Leningradi_Edasi_toimetus, lk 9
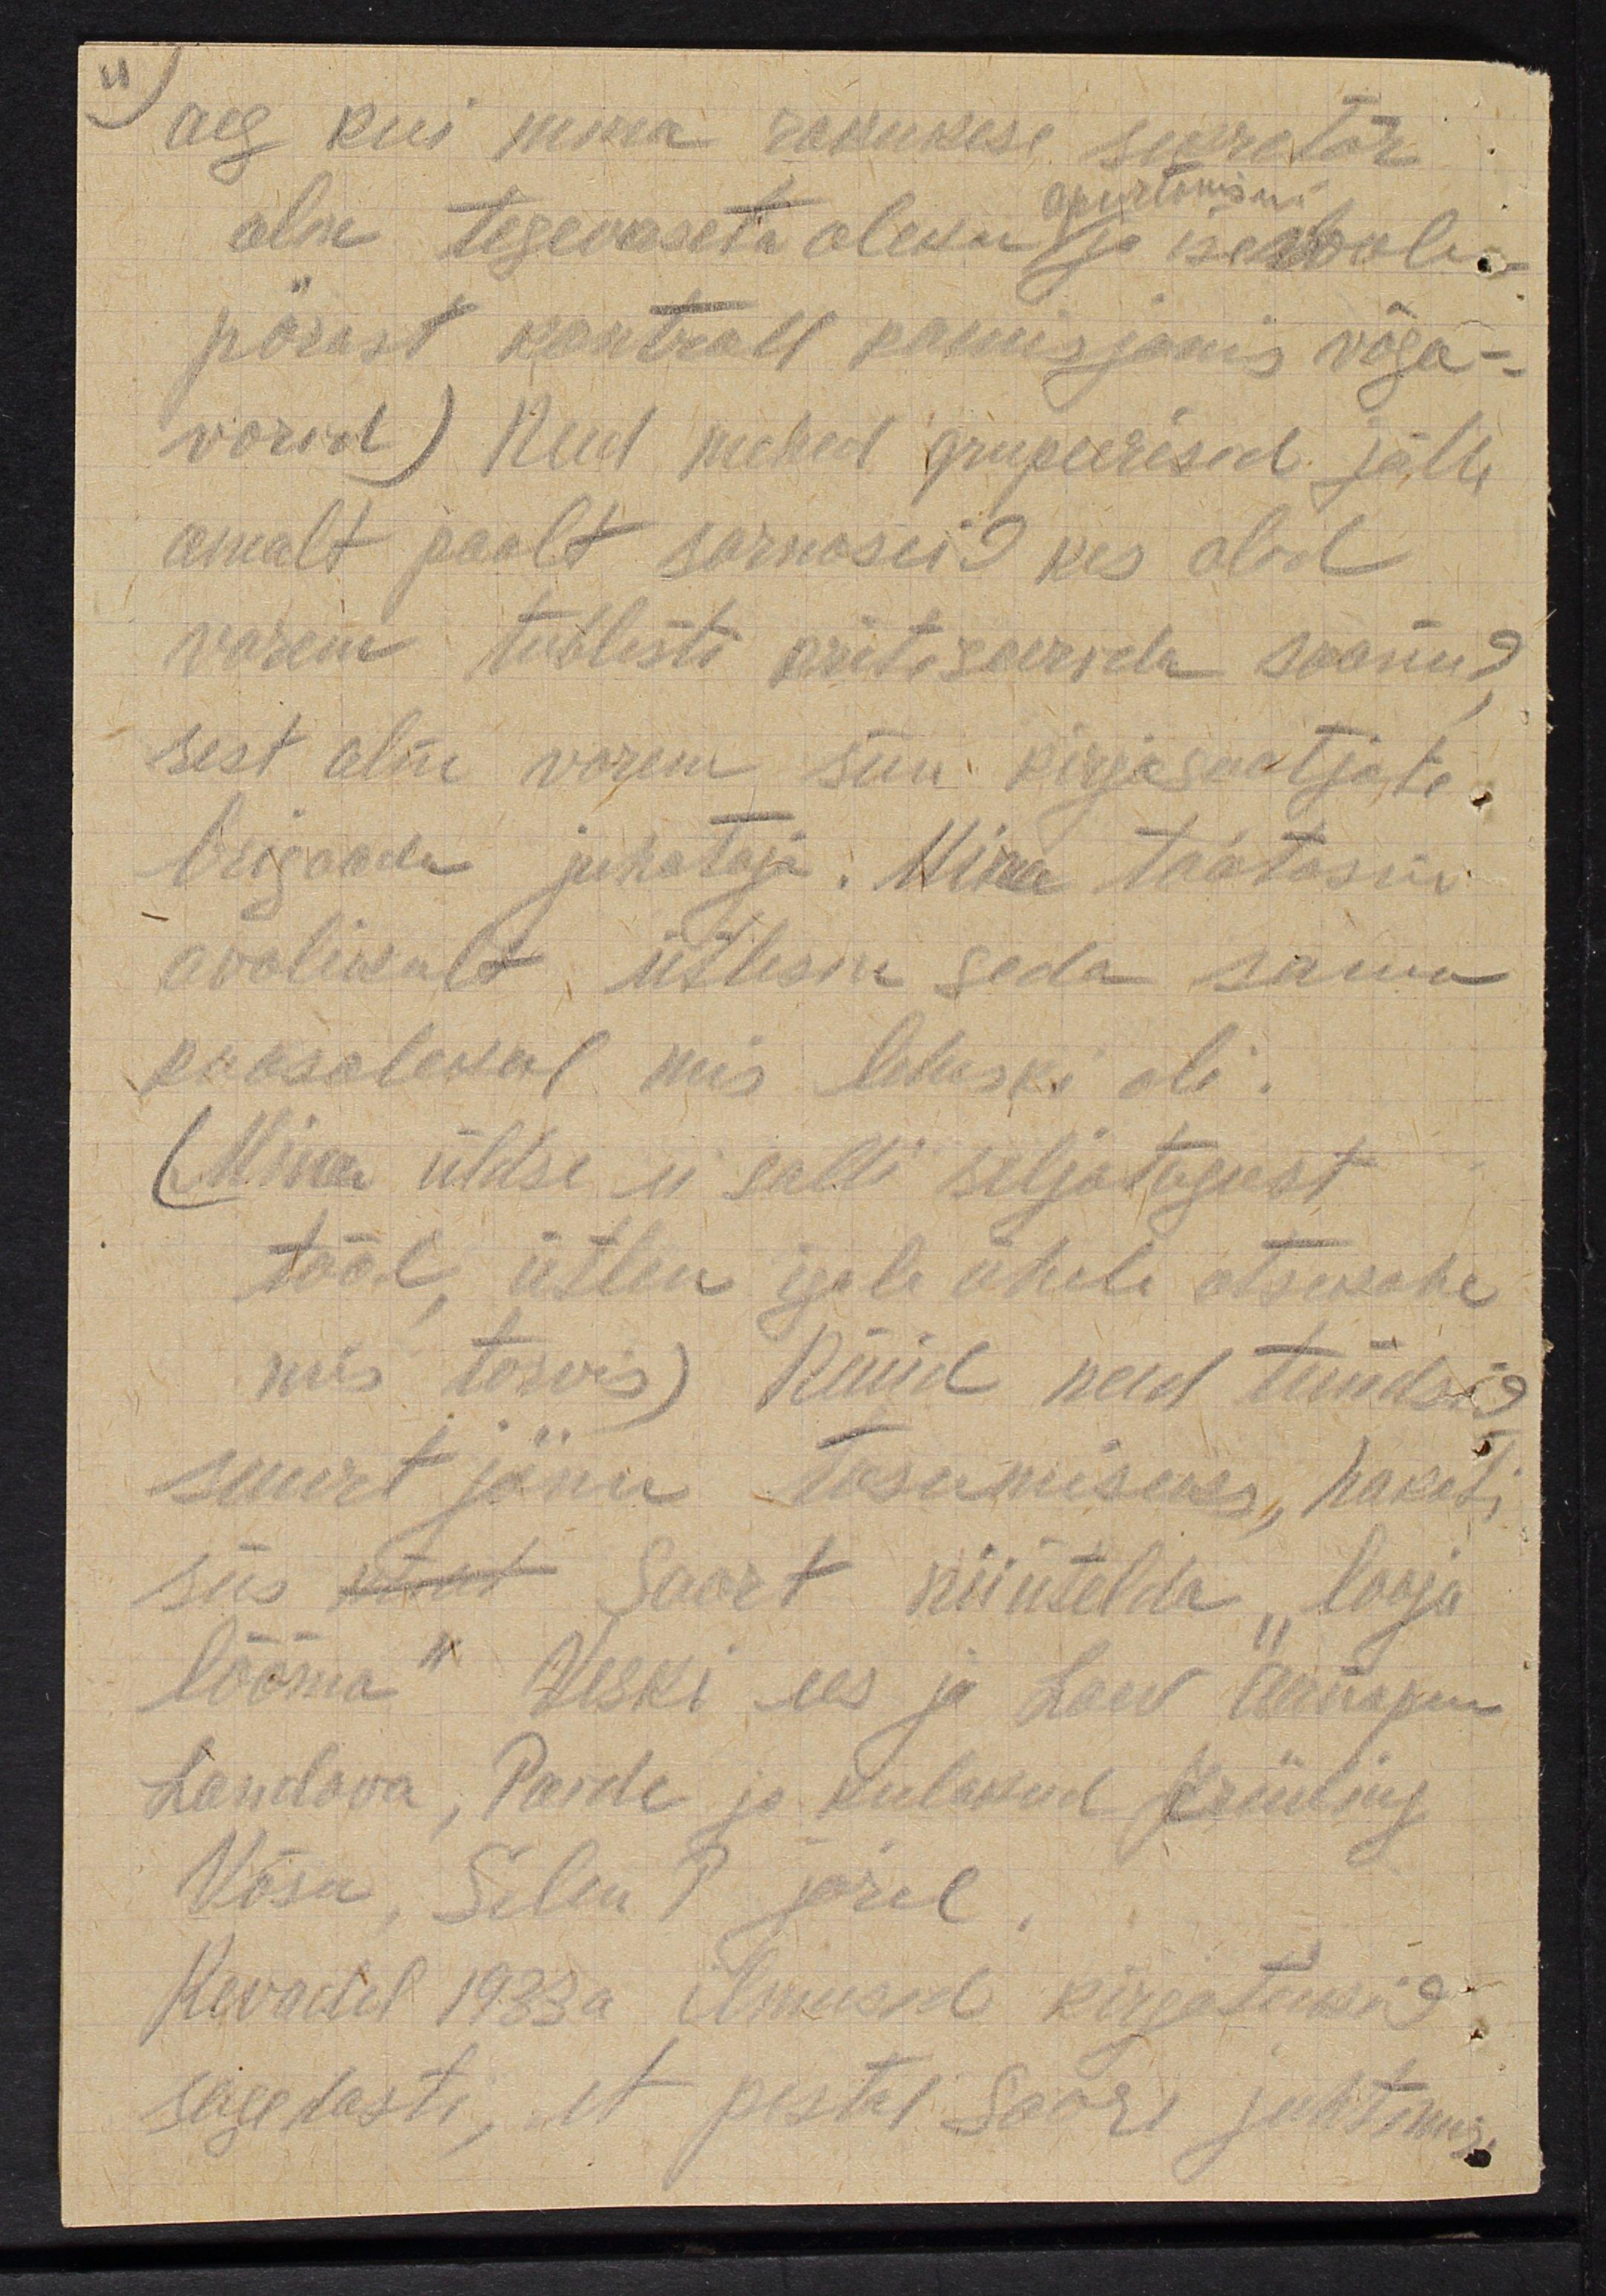
aeg kui mina rakukese sekretär
olin tegevuseta oleku ja iseloomu
operatsioni
pärast kontroll komisjonis väga-
vorid) Need mehed grupeerisid jälle
omalt poolt sarnaseid kes olid
varem tublisti kritiseerida saanud
sest olin varem siin kirjasaatjate
brigaadi juhataja: Mina töötasin
avalikult ütlesin seda sama
koosolekul mis leheski oli.
(Mina üldse ei salli seljatagust
tööl, ütlen igale ühele otsekohe
mis tarwis) Nüüd nad tundsid
suurt jänu tasumiseks, hakati
siis otsat Saart riiutelda "looja
lööma" Veski ees ja Laev Õunapuu
Landova, Parde ja kulakud Grüding
Võsa, Silen P. järel
Kevadel 1933a ilmusid kirjatükid
sagedasti, et pesta Saare juhtimus.